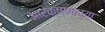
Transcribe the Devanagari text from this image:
आरक्षणाच्य़ा